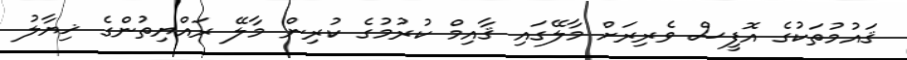
ޤައުމުތަކުގެ އޮފީސް ވެރިރަށް މާލޭގައި ޤާއިމް ކުރުމުގެ ކުރިން މާލޭ ރައްޔިތުންގެ ޚިޔާލު